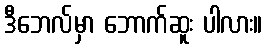
ဒီဘေလ်မှာ ဘောက်ဆူး ပါလား။